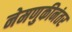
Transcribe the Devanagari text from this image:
नेमणुकीनंतर